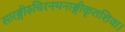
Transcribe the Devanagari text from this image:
सारङ्गीरुचिरनयनाङ्गीकृतशिवा।